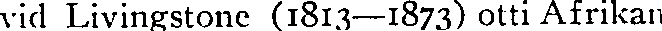
vid Livingstone (1813—1873) otti Afrikan